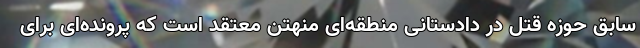
سابق حوزه قتل در دادستانی منطقه‌ای منهتن معتقد است که پرونده‌ای برای